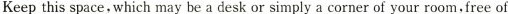
Keep this space, which may be a desk or simply a corner of your room,free of